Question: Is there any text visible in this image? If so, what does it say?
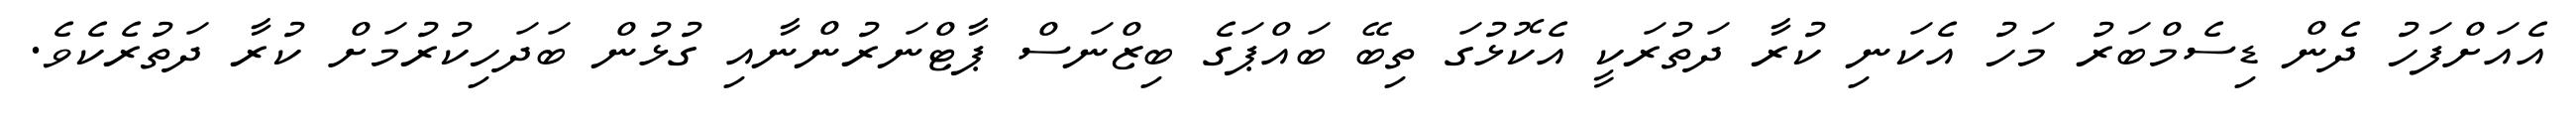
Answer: އެއަށްފަހު ދެން ޑިސެމްބަރު މަހު އެކަނި ކުރާ ދަތުރަކީ އެކޮޅުގަ ތިބޭ ބައްޕަގެ ބިޒްނަސް ޕާޓްނަރުންނާއި ގުޅުން ބަދަހިކުރުމަށް ކުރާ ދަތުރެކެވެ.